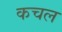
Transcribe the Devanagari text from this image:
कचल